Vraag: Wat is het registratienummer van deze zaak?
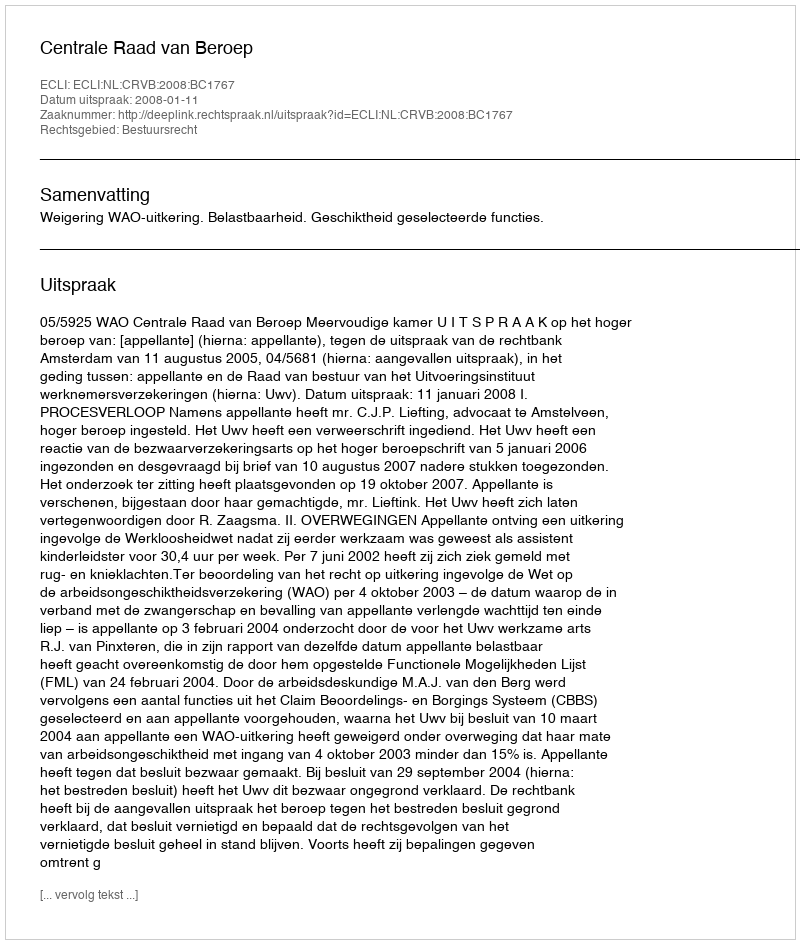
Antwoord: http://deeplink.rechtspraak.nl/uitspraak?id=ECLI:NL:CRVB:2008:BC1767